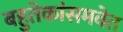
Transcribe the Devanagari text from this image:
बहुतेकांसमवेत